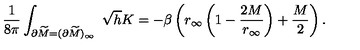
{ \frac { 1 } { 8 \pi } } \int _ { \partial \widetilde M = ( \partial \widetilde M ) _ { \infty } } \ \sqrt { h } K = - \beta \left( r _ { \infty } \left( 1 - { \frac { 2 M } { r _ { \infty } } } \right) + { \frac { M } { 2 } } \right) .